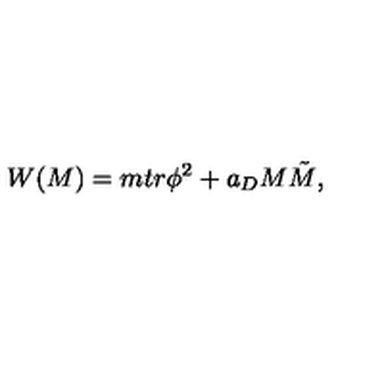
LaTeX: W ( M ) = m t r \phi ^ { 2 } + a _ { D } M \tilde { M } ,